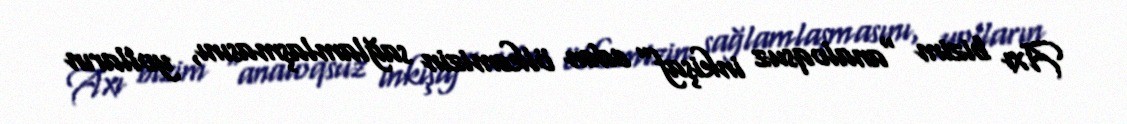
Axı bizim “analoqsuz inkişaf” edən ölkəmizin sağlamlaşmasını, yolların